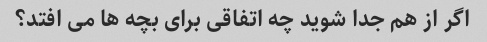
اگر از هم جدا شوید چه اتفاقی برای بچه ها می افتد؟